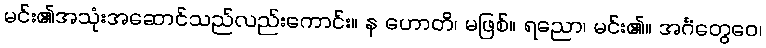
မင်း၏အသုံးအဆောင်သည်လည်းကောင်း။ န ဟောတိ၊ မဖြစ်။ ရညော၊ မင်း၏။ အင်္ဂံတွေဝေ၊